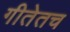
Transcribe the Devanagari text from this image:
गीतेतच